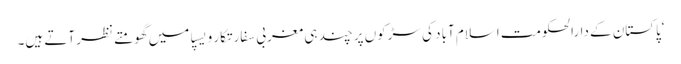
‘پاکستان کے دارالحکومت اسلام آباد کی سڑکوں پر چند ہی مغربی سفارتکار ویسپا میں گھومتے نظر آتے ہیں۔